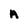
Character: A